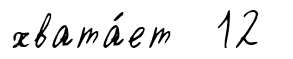
хвата́ет 12